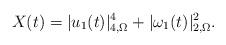
LaTeX: \begin{align*}X(t)=|u_1(t)|_{4,\Omega}^4+|\omega_1(t)|_{2,\Omega}^2.\end{align*}